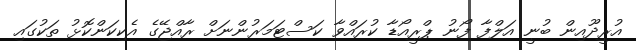
އުރީދޫއިން ބުނީ އަލްފާ ފޯނު ޕްރީއޯޑާ ކުރައްވާ ކަސްޓަމަރުންނަށް ރާއްޖޭގެ އެކިކަންކޮޅު ތަކުގައި